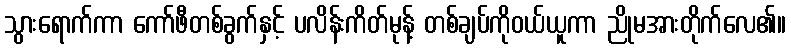
သွားရောက်ကာ ကော်ဖီတစ်ခွက်နှင့် ပလိန်းကိတ်မုန့် တစ်ချပ်ကိုဝယ်ယူကာ ညိုမအားတိုက်လေ၏။